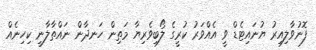
ފޮނުވާލިއިރު ޔުނައިޓެޑް ވީ އެއްވަރު ކުރީގެ ލޯބިވެރިޔާ މަތިން ހަނދާން ނައްތާލާނީ ކިހިނެއް